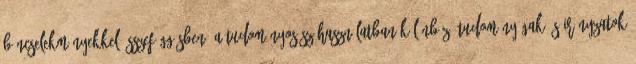
bűncselekményekkel összefüggésben. A tudományos szóhasználatban különböző tudományágak és irányzatok